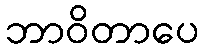
ဘာဝိတာပေ